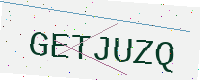
Text: GETJUZQ